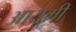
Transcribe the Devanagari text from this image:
आयूमी